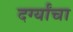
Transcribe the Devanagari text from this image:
दर्ग्यांचा